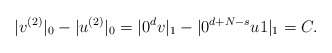
\begin{align*}|v^{(2)}|_0 - |u^{(2)}|_0 = |0^dv|_1 - |0^{d+N-s}u1|_1 = C.\end{align*}